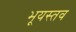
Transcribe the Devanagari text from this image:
भूयस्तव